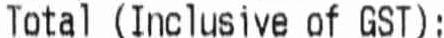
TOTAL (INCLUSIVE OF GST):